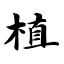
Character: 植